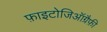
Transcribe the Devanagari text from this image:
फ़ाइटोजिऑग्रैफ़ी